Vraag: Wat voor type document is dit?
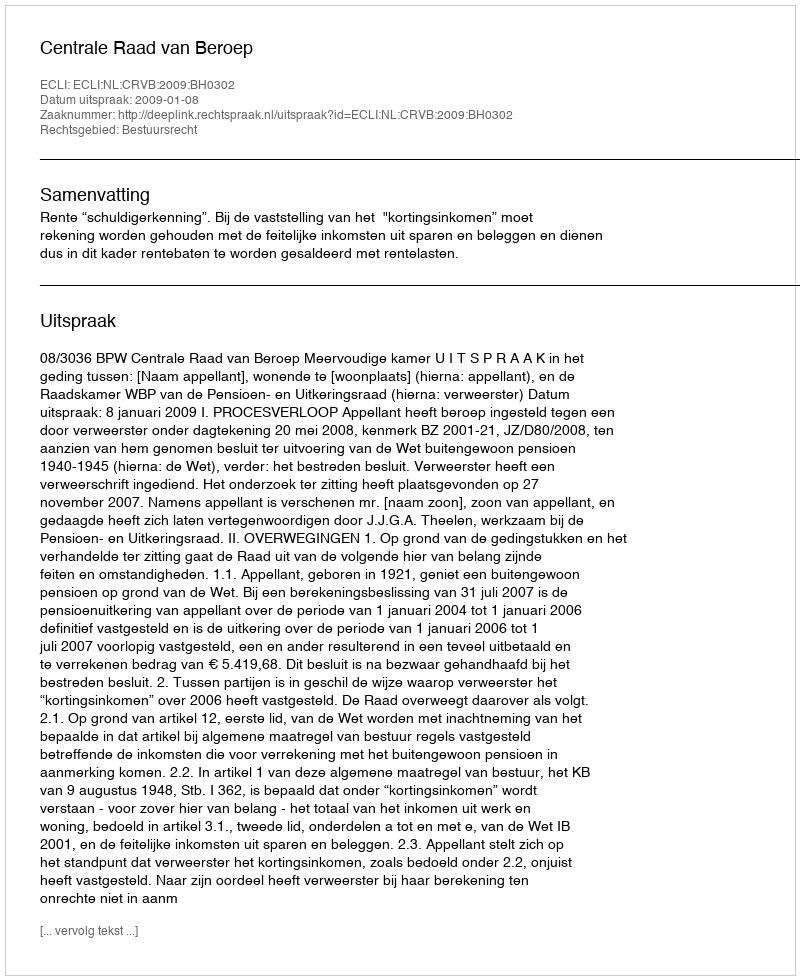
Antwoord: Uitspraak